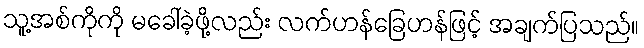
သူ့အစ်ကိုကို မခေါ်ခဲ့ဖို့လည်း လက်ဟန်ခြေဟန်ဖြင့် အချက်ပြသည်။